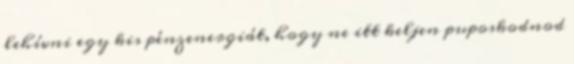
lehívni egy kis pénzenergiát, hogy ne itt keljen puposkodnod